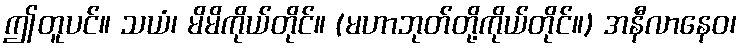
ဤတူပင်။ သယံ၊ မိမိကိုယ်တိုင်။ (မဟာဘုတ်တို့ကိုယ်တိုင်။) အနီလာနေဝ၊